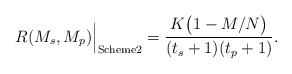
\begin{align*}R(M_s,M_p)\Big|_{\textrm{Scheme2}}=\frac{K \big( 1-M/N \big)}{(t_s+1)(t_p+1)}.\end{align*}